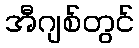
အီဂျစ်တွင်